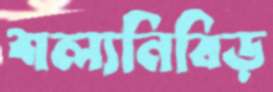
শল্যনিবিড়